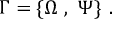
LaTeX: \Gamma = \{ \Omega ~ , ~ \Psi \} ~ .